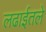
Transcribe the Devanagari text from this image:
लढाईतले